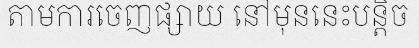
តាមការចេញផ្សាយ នៅមុននេះបន្តិច